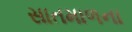
સાતમાળના